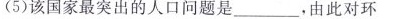
(5)该国家最突出的人口问题是___，由此对环